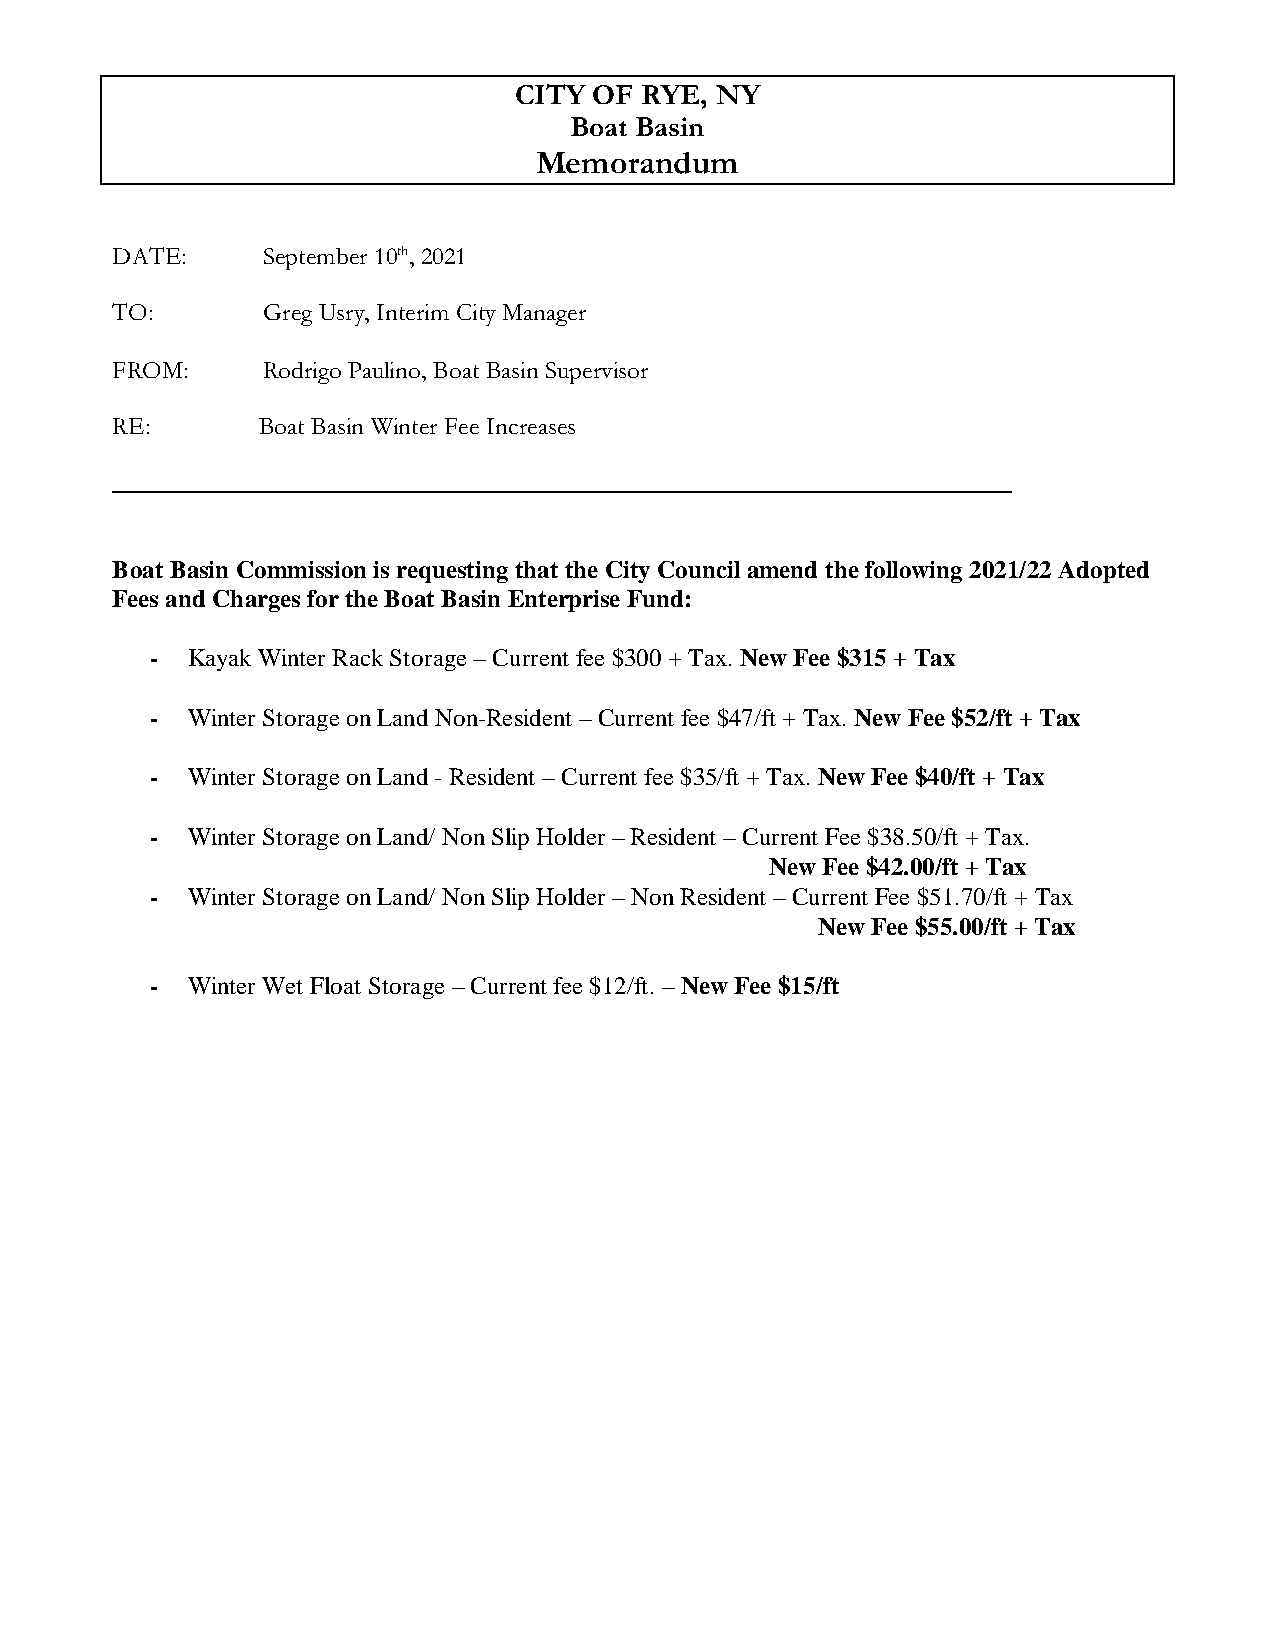
CITY OF RYE, NY
 Boat Basin
 Memorandum
 DATE:     September 10th, 2021
 TO:       Greg Usry, Interim City Manager
 FROM:     Rodrigo Paulino, Boat Basin Supervisor
 RE:       Boat Basin Winter Fee Increases
 Boat Basin Commission is requesting that the City Council amend the following 2021/22 Adopted
 Fees and Charges for the Boat Basin Enterprise Fund:
 - Kayak Winter Rack Storage – Current fee $300 + Tax. New Fee $315 + Tax
 - Winter Storage on Land Non-Resident – Current fee $47/ft + Tax. New Fee $52/ft + Tax
 - Winter Storage on Land - Resident – Current fee $35/ft + Tax. New Fee $40/ft + Tax
 - Winter Storage on Land/ Non Slip Holder – Resident – Current Fee $38.50/ft + Tax.
 New Fee $42.00/ft + Tax
 - Winter Storage on Land/ Non Slip Holder – Non Resident – Current Fee $51.70/ft + Tax
 New Fee $55.00/ft + Tax
 - Winter Wet Float Storage – Current fee $12/ft. – New Fee $15/ft